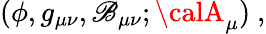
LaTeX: (\phi,g_{\mu\nu},\mathscr{B}_{\mu\nu};{\calA}_{\mu})\ ,